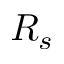
R _ { s }